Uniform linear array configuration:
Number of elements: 32
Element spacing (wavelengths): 0.25
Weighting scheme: kaiser
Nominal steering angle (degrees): -45
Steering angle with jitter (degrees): -44.123
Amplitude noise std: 0.05
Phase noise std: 0.05

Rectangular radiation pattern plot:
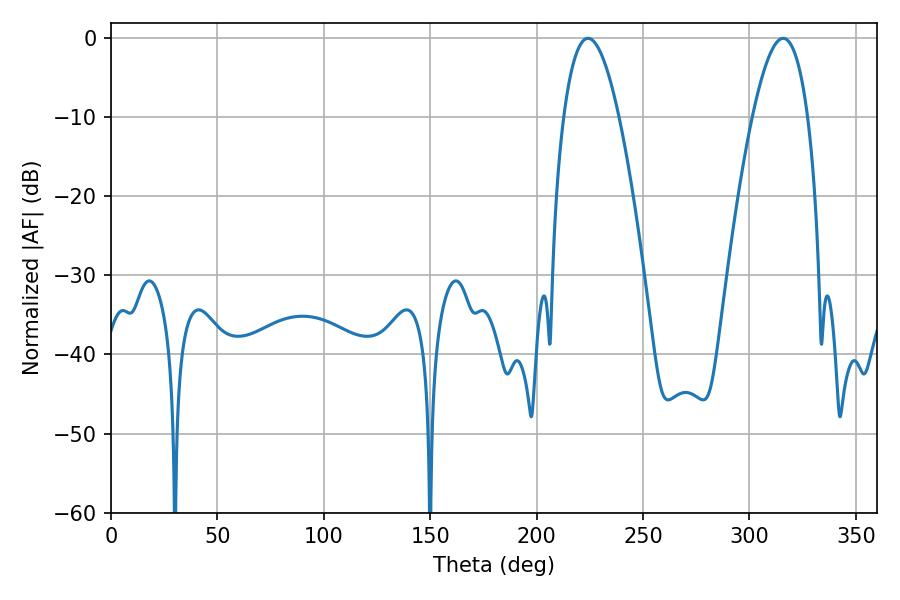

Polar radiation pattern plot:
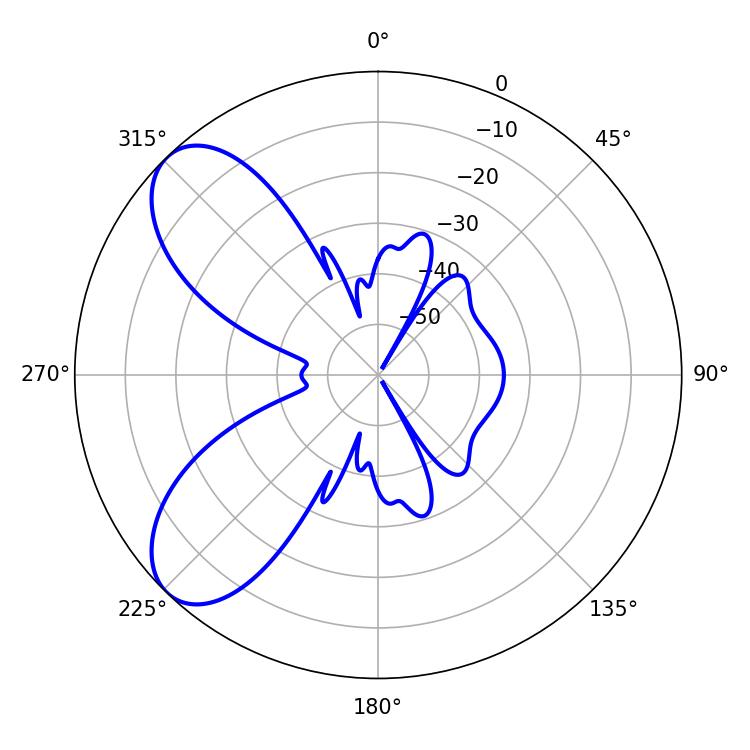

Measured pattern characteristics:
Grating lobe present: FALSE
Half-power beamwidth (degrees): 14.22
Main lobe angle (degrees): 224.1